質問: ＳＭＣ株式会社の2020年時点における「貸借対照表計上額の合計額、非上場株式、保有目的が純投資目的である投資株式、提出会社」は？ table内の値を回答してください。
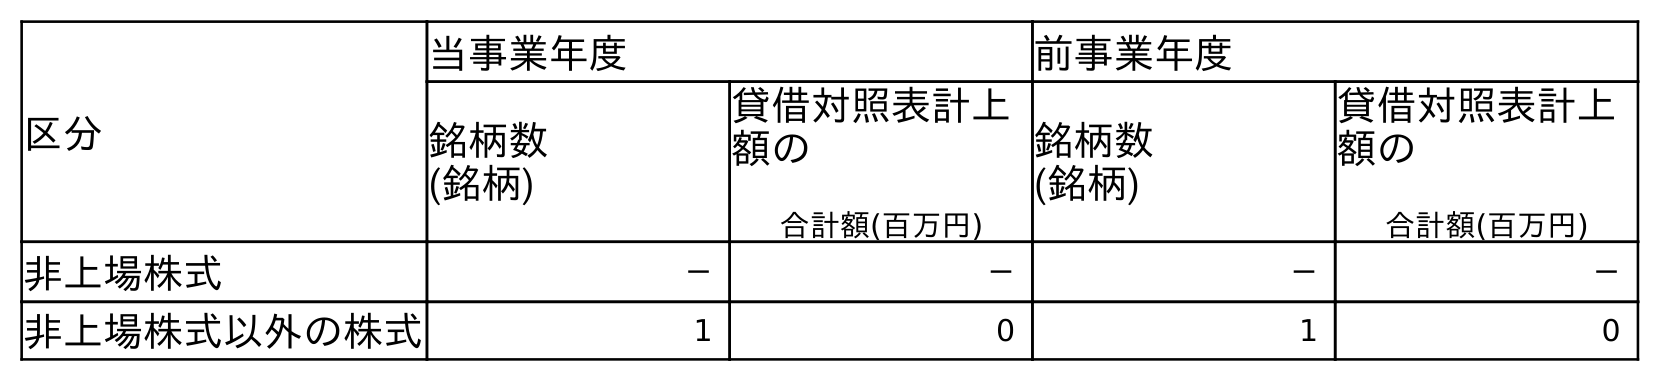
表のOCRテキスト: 区分 当事業年度 前事業年度 銘柄数 (銘柄) 貸借対照表計上 額の 合計額(百万円) 銘柄数 (銘柄) 貸借対照表計上 額の 合計額(百万円) 非上場株式 － － － － 非上場株式以外の株式 1 0 1 0
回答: －